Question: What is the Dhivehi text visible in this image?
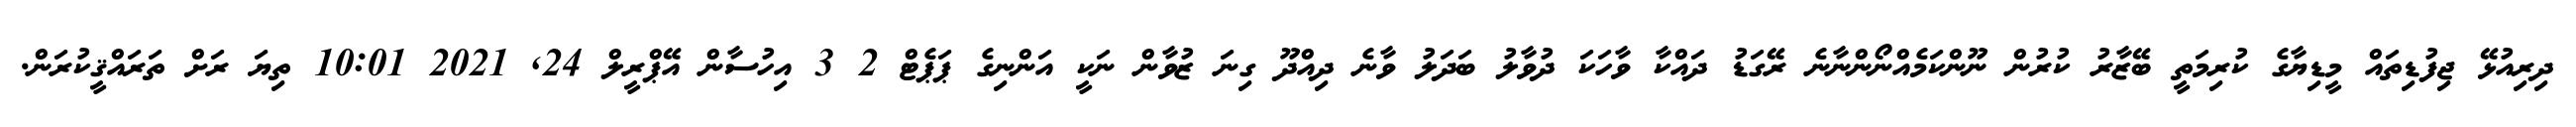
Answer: ދިރިއުޅޭ ޖިފުޑިތައް މީޑިޔާގެ ކުރިމަތީ ބޭޒާރު ކުރުން ނޫންކަމެއްނޯންނާނެ ރޭގަޑު ދައްކާ ވާހަކަ ދުވާލު ބަދަލު ވާނެ ދިއްދޫ ގިނަ ޒުވާން ނަކީ އަންނިގެ ޕަޕެޓް 2 3 އިހުސާން އޭޕްރީލް 24, 2021 10:01 ތިޔަ ރަށް ތަރައްޤީކުރަން.